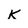
Character: k